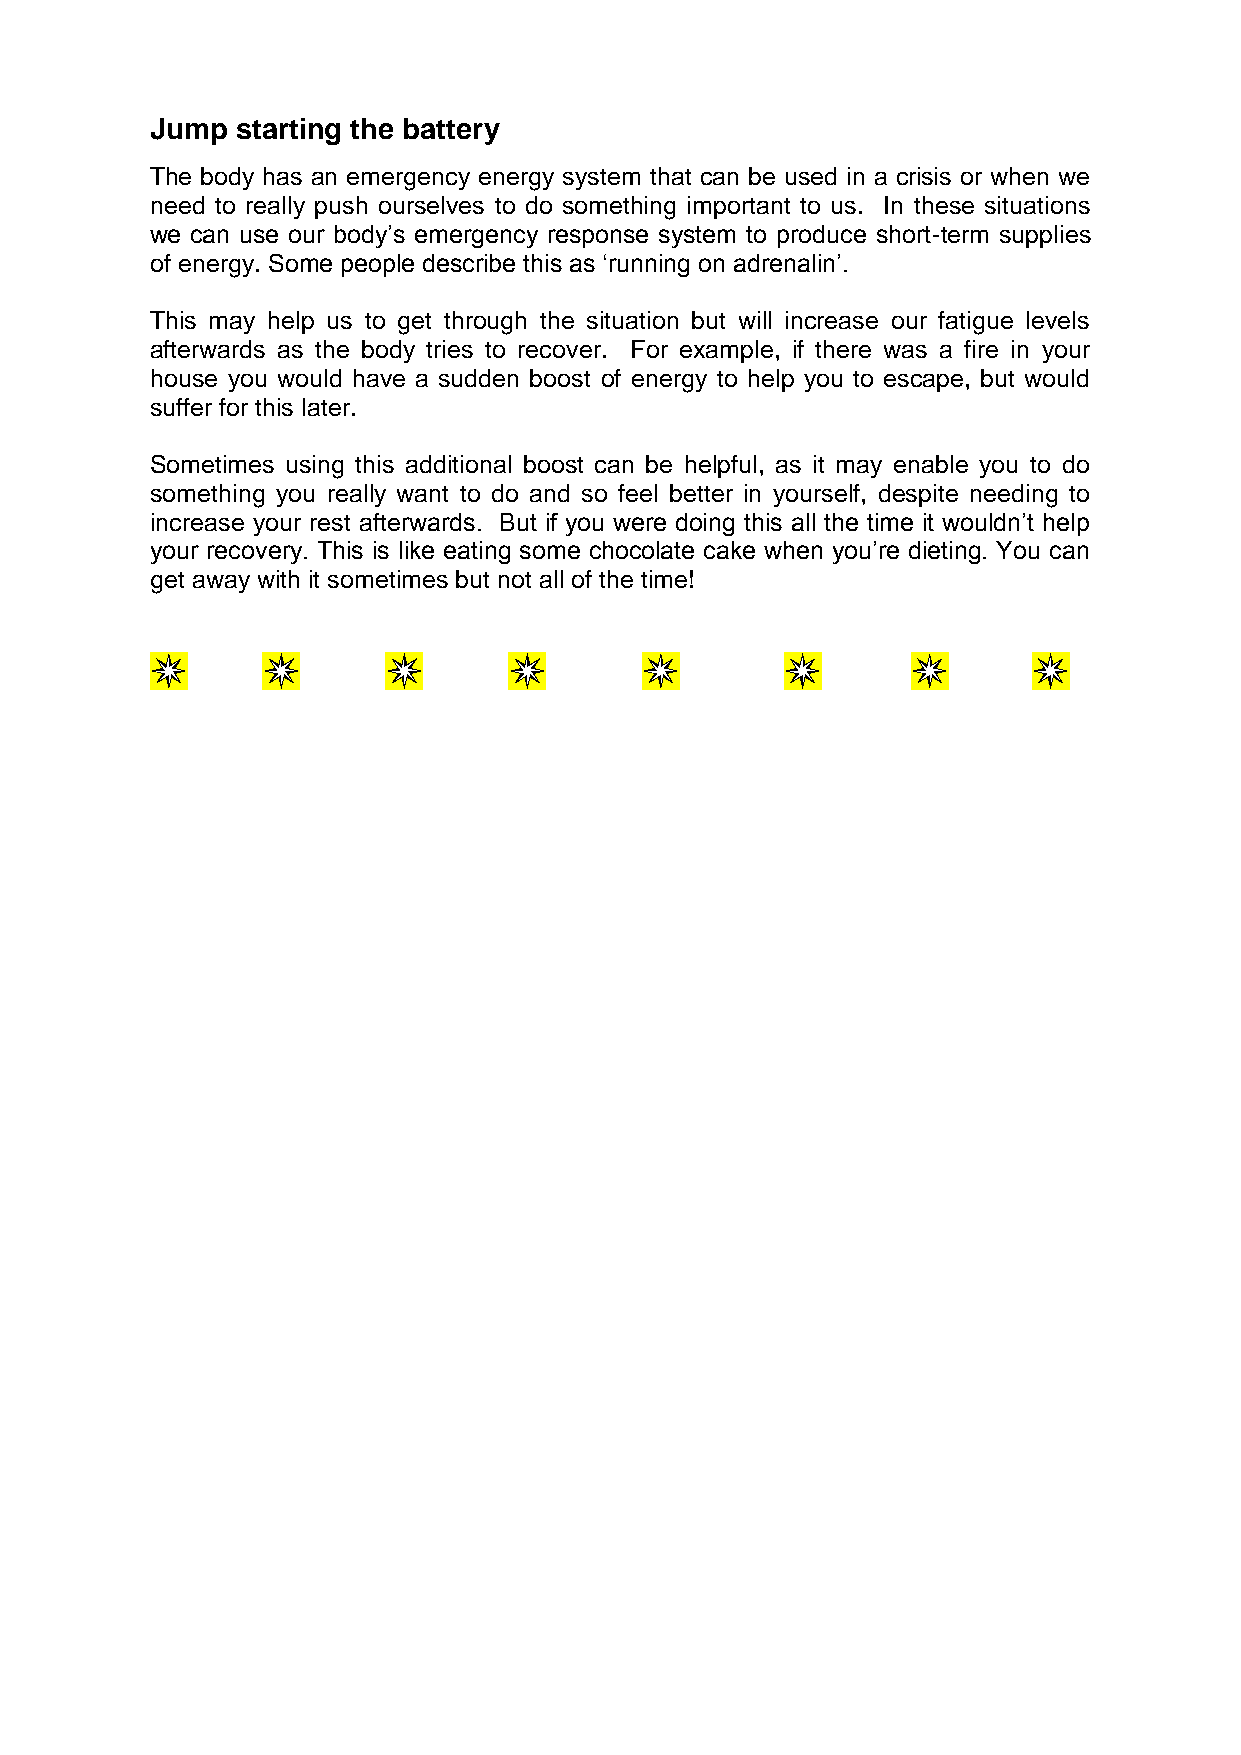
Jump  starting the battery
 The body has an emergency energy system that can be used in a crisis or when we
 need to really push ourselves to do something important to us. In these situations
 we can use our body’s emergency response system to produce short-term supplies
 of energy. Some people describe this as ‘running on adrenalin’.
 This may help us to get through the situation but will increase our fatigue levels
 afterwards as the body tries to recover. For example, if there was a fire in your
 house you would have a sudden boost of energy to help you to escape, but would
 suffer for this later.
 Sometimes using this additional boost can be helpful, as it may enable you to do
 something you really want to do and so feel better in yourself, despite needing to
 increase your rest afterwards. But if you were doing this all the time it wouldn’t help
 your recovery. This is like eating some chocolate cake when you’re dieting. You can
 get away with it sometimes but not all of the time!